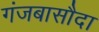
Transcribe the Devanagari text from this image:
गंजबासौदा